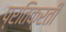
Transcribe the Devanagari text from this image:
प्रतिक्रती